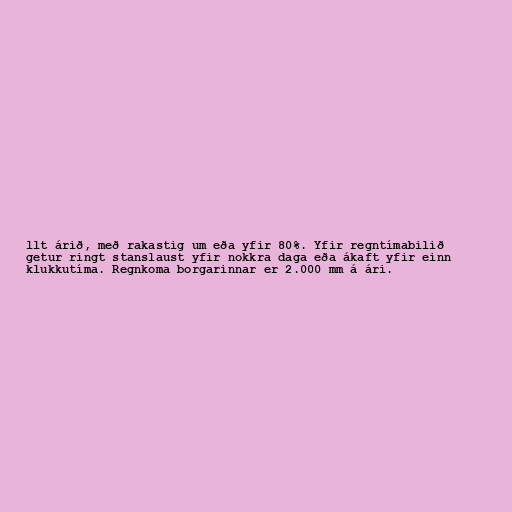
llt árið, með rakastig um eða yfir 80%. Yfir regntímabilið
getur ringt stanslaust yfir nokkra daga eða ákaft yfir einn
klukkutíma. Regnkoma borgarinnar er 2.000 mm á ári.